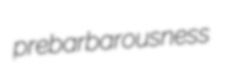
prebarbarousness